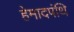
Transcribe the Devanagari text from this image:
हेमादपंथि